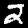
Digit: 2